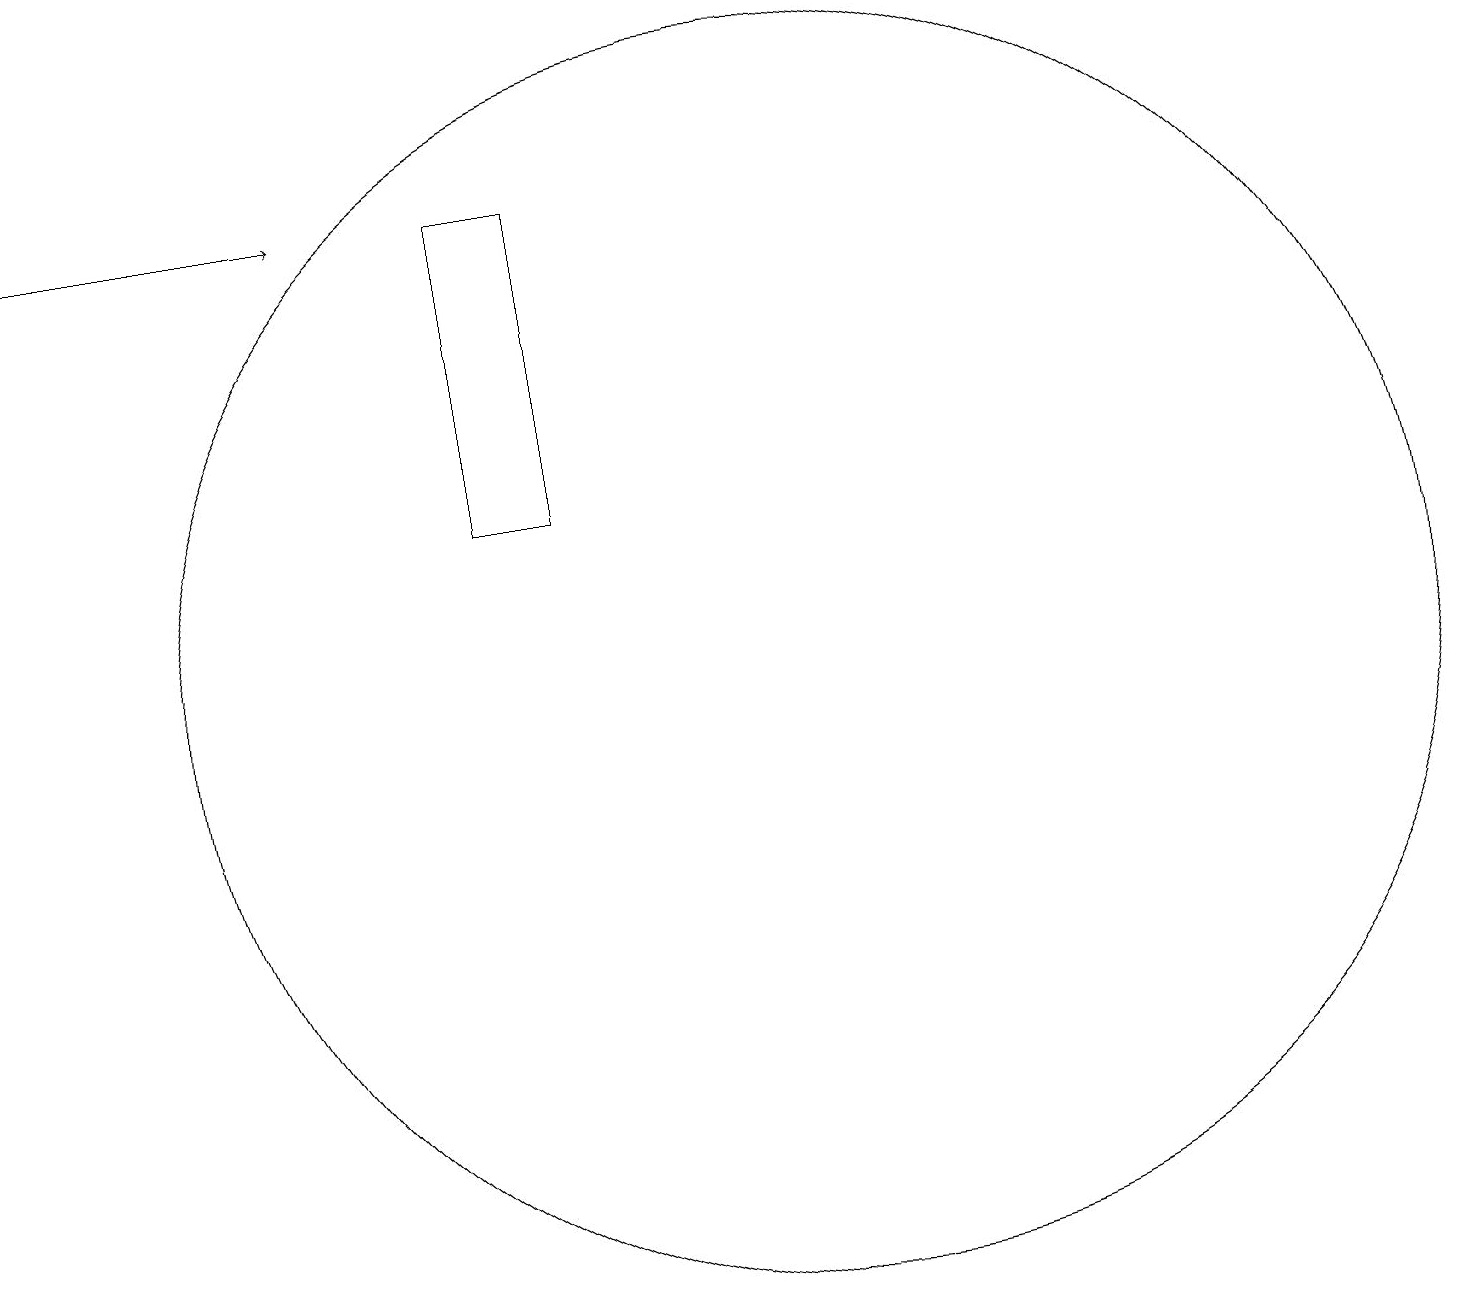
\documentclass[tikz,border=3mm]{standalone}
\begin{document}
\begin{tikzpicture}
\draw (11,10) circle (8);
\draw (7,16) rectangle (8,12);
\draw[->] (1,16) -- (5,16);
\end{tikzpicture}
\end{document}